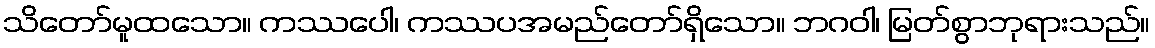
သိတော်မူထသော။ ကဿပေါ၊ ကဿပအမည်တော်ရှိသော။ ဘဂဝါ၊ မြတ်စွာဘုရားသည်။